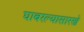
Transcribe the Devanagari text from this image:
घाबरल्यासारखे